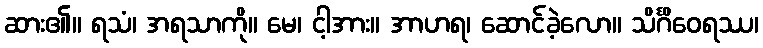
ဆား၏။ ရသံ၊ အရသာကို။ မေ၊ ငါ့အား။ အာဟရ၊ ဆောင်ခဲ့လော။ သိင်္ဂိဝေရဿ၊